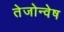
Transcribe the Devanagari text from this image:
तेजोन्वेष